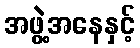
အဖွဲ့အနေနှင့်